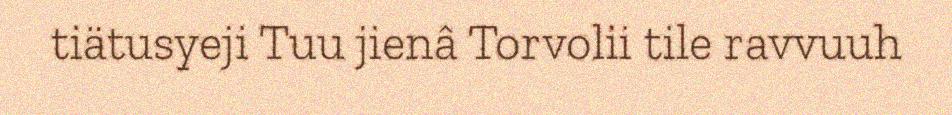
tiätusyeji Tuu jienâ Torvolii tile ravvuuh